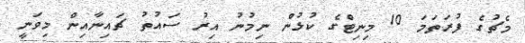
މެޗުގެ ފުރަތަމަ 10 މިނިޓްގެ ކުޅުން ނިމުނު އިރު ސައުތު ޗައިނާއިން މިވަނީ